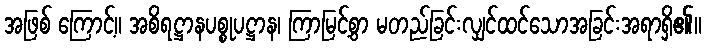
အဖြစ် ကြောင့်။ အစိရဋ္ဌာနပစ္စုပဋ္ဌာန၊ ကြာမြင့်စွာ မတည်ခြင်းလျှင်ထင်သောအခြင်းအရာရှိ၏။